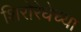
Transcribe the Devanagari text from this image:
शिरोरेघेच्या